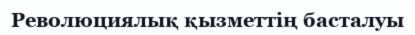
Революциялық қызметтің басталуы